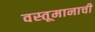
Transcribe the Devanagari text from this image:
वस्तूमानाची